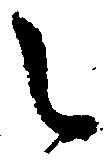
之